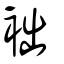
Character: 袦